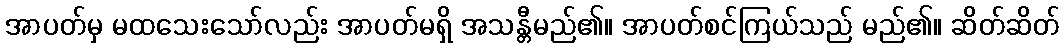
အာပတ်မှ မထသေးသော်လည်း အာပတ်မရှိ အသန္တီမည်၏။ အာပတ်စင်ကြယ်သည် မည်၏။ ဆိတ်ဆိတ်